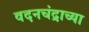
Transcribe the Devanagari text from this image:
वदनचंद्राच्या